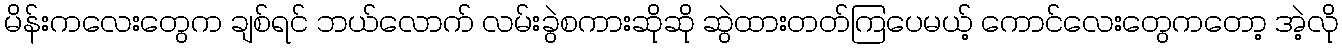
မိန်းကလေးတွေက ချစ်ရင် ဘယ်လောက် လမ်းခွဲစကားဆိုဆို ဆွဲထားတတ်ကြပေမယ့် ကောင်လေးတွေကတော့ အဲ့လို